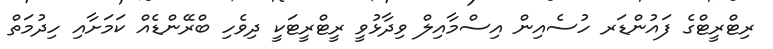
ރިޓްރީޓްގެ ފައުންޑަރ ހުސެއިން އިސްމާއިލް ވިދާޅުވީ ރީޓްރީޓަކީ ދިވެހި ބްރޭންޑެއް ކަމަށާއި ހިދުމަތް